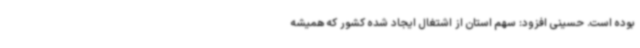
بوده است. حسینی افزود: سهم استان از اشتغال ایجاد شده کشور که همیشه